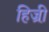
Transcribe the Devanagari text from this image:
हिज्री़